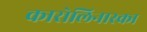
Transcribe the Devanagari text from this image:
कारोलिनास्का